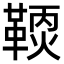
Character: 𩋹